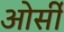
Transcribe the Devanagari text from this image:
ओर्सी